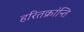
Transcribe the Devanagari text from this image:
हरितक्रांन्ति